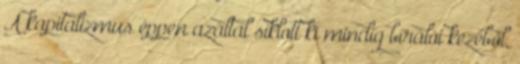
A kapitalizmus éppen azáltal siklott ki mindig bírálói kezéből,